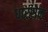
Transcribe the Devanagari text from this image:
धारसेन